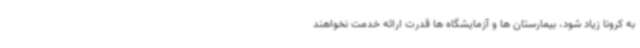
به کرونا زیاد شود، بیمارستان ها و آزمایشگاه ها قدرت ارائه خدمت نخواهند